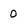
Character: 0